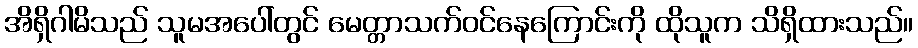
အိရှိဂါမိသည် သူမအပေါ်တွင် မေတ္တာသက်ဝင်နေကြောင်းကို ထိုသူက သိရှိထားသည်။